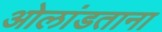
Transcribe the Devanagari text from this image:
ओलांडताना